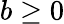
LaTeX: b\geq 0